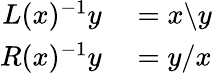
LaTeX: \begin{array}{rl}{L(x)^{-1}y}&{{}=x\backslash y}\\ {R(x)^{-1}y}&{{}=y/x}\end{array}